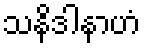
သနိဒါနာဟံ